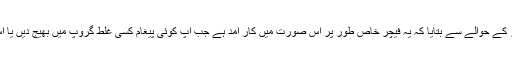
واٹس ایپ نے اس نئے فیچر کے حوالے سے بتایا کہ یہ فیچر خاص طور پر اُس صورت میں کار آمد ہے جب آپ کوئی پیغام کسی غلط گروپ میں بھیج دیں یا اس پیغام میں کوئی غلطی ہو۔